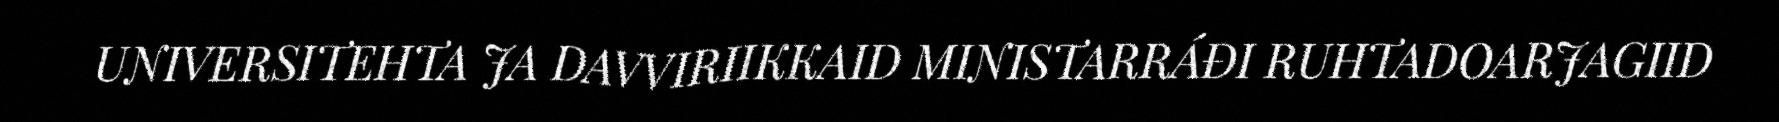
UNIVERSITEHTA JA DAVVIRIIKKAID MINISTARRÁĐI RUHTADOARJAGIID